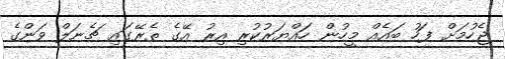
ޖެހުމަށް ފަހު ބައެއް މީހުން ހައްޔަރުކުރި އިރު އޭގެ ތެރޭގައި ޗެނަލް ވަންގެ